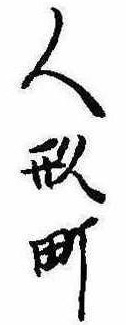
人形町